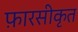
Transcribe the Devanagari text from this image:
फ़ारसीकृत